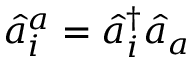
\hat { a } _ { i } ^ { a } = \hat { a } _ { i } ^ { \dagger } \hat { a } _ { a }